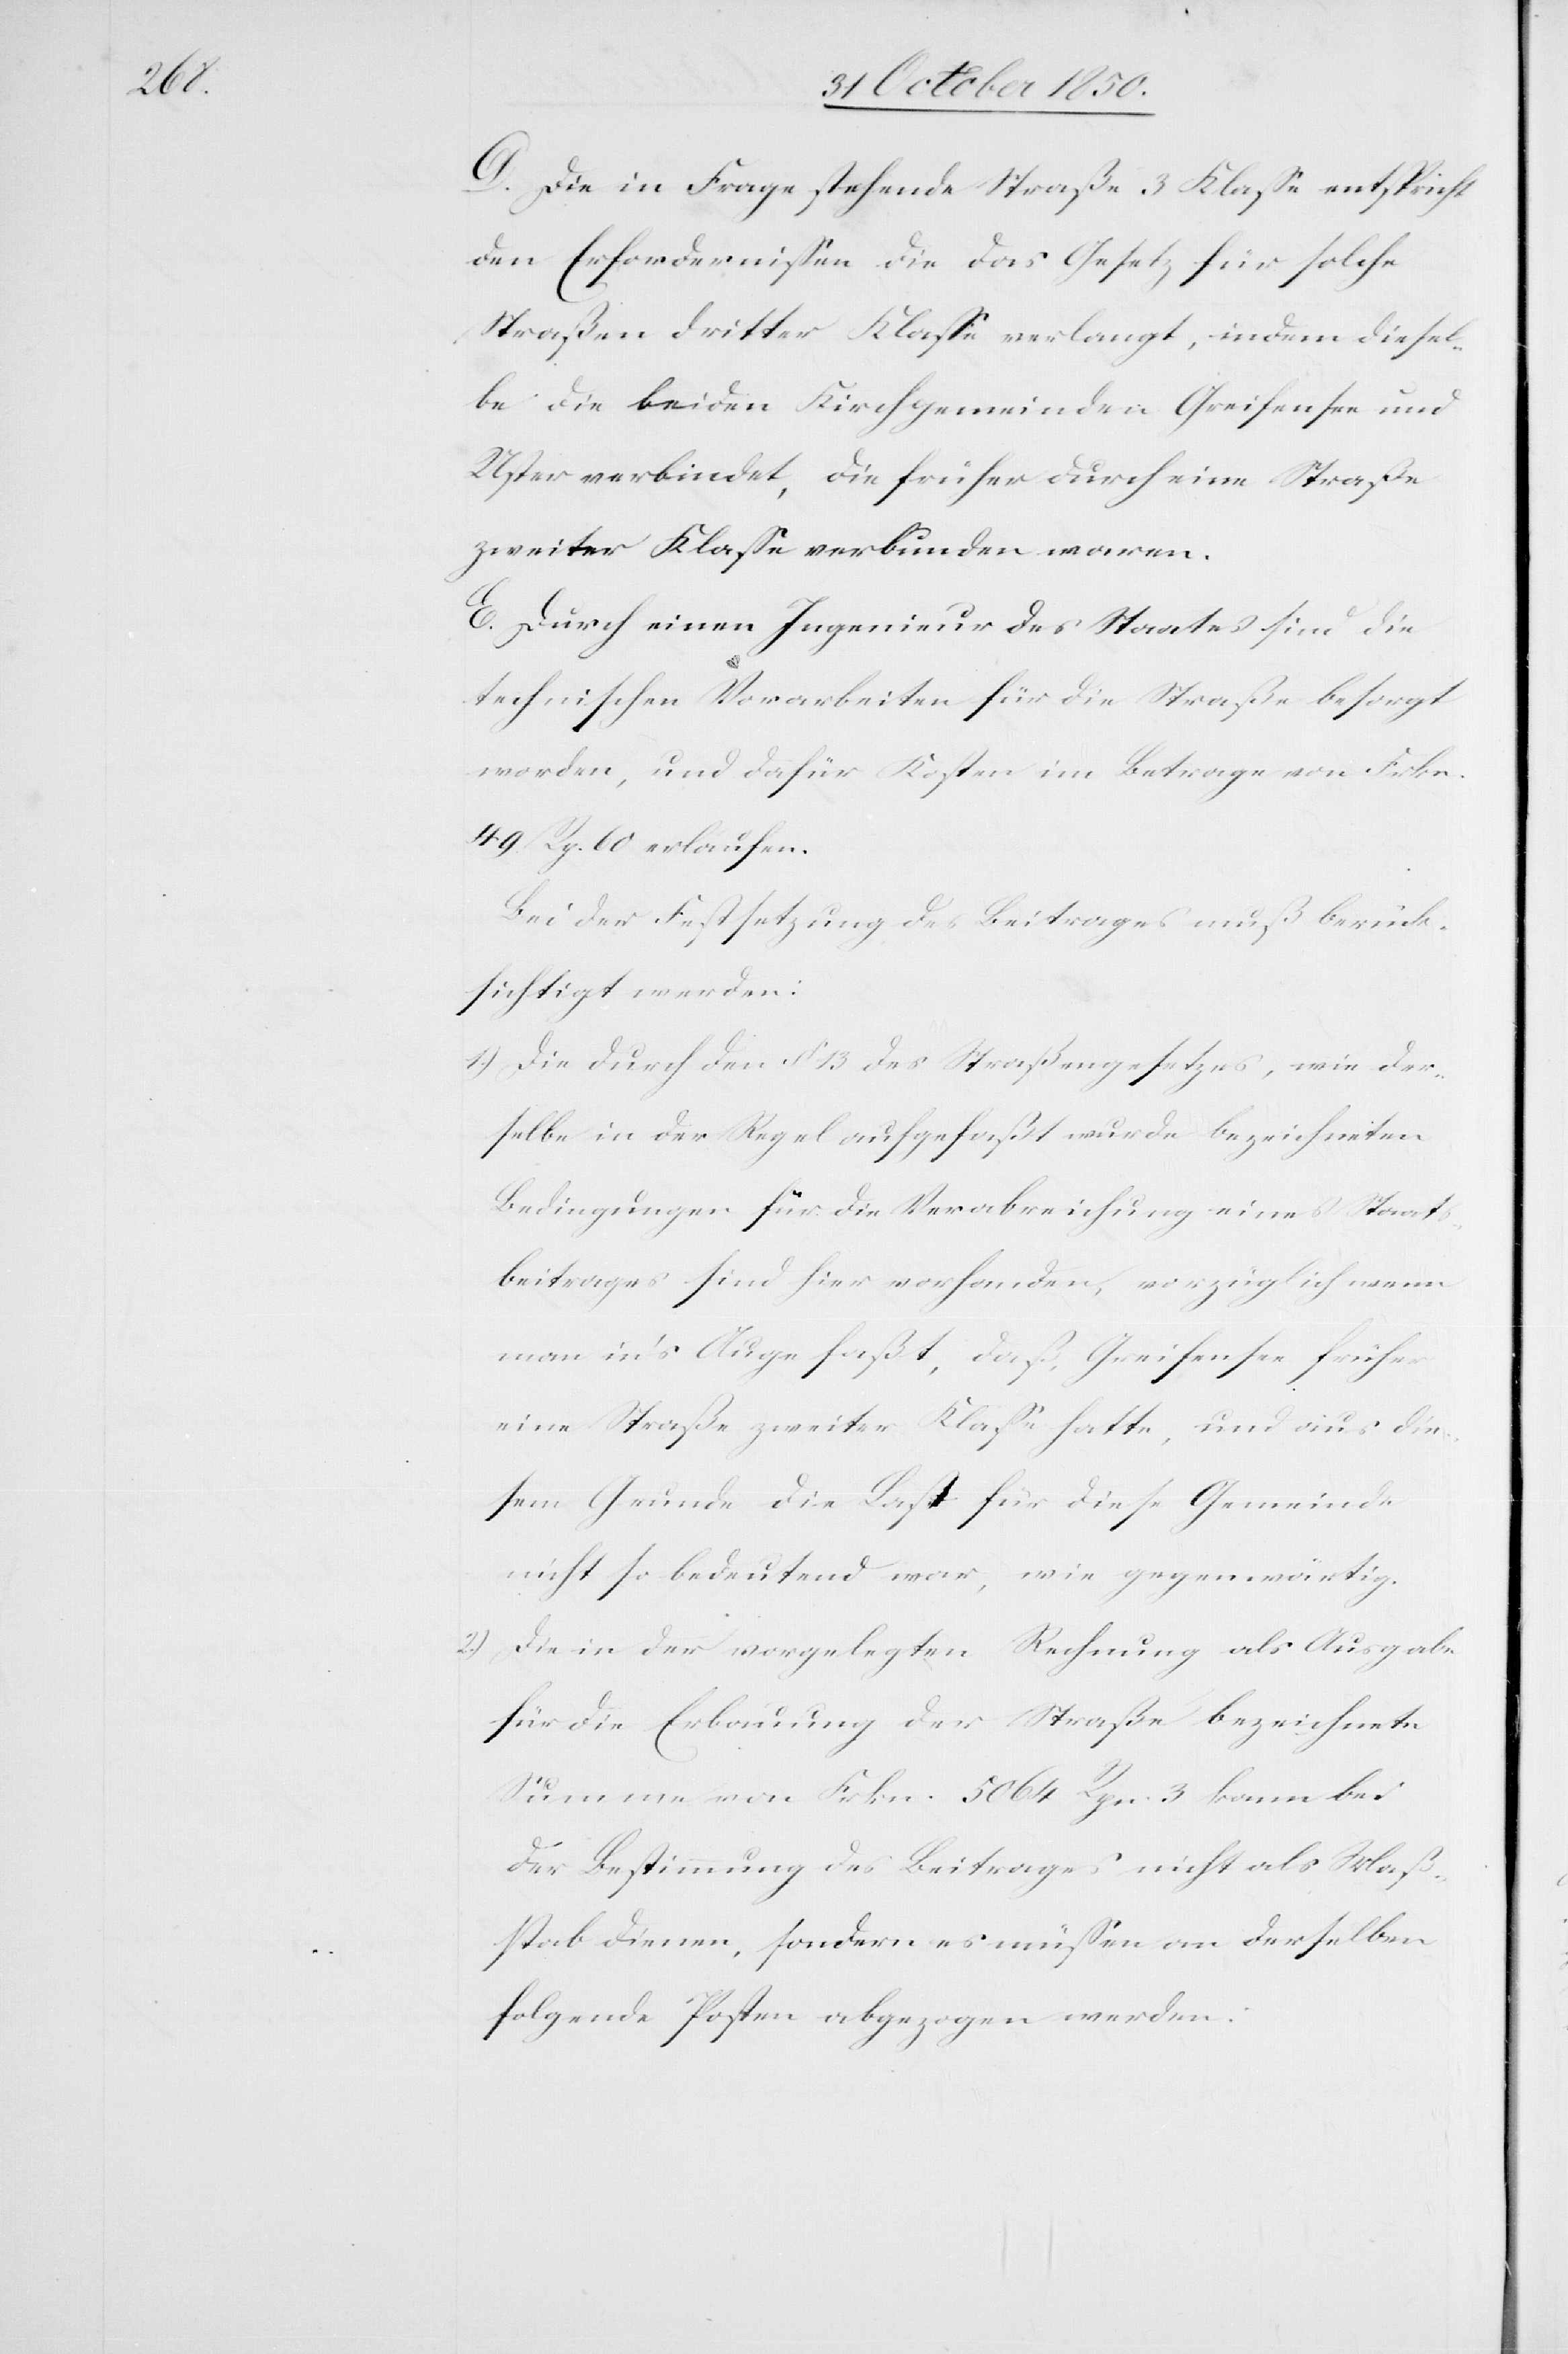
D. Die in Frage stehende Straße 3 Klasse entspricht
den Erfordernissen die das Gesetz für solche
Straßen dritter Klasse verlangt, indem diesel¬
be die beiden Kirchgemeinden Greifensee und
Uster verbindet, die früher durch eine Straße
zweiter Klasse verbunden waren.
E. Durch einen Ingenieur des Staates sind die
technischen Vorarbeiten für die Straße besorgt
worden, und dafür Kosten im Betrage von Frkn.
49 Rp. 60 erlaufen.
Bei der Festsetzung des Beitrages muß berück¬
sichtigt werden:
1.) Die durch den § 13 des Straßengesetzes, wie der¬
selbe in der Regel aufgefaßt wurde bezeichneten
Bedingungen für die Verabreichung eines Staats¬
beitrages sind hier vorhanden, vorzüglich wenn
man in’s Auge faßt, daß Greifensee früher
eine Straße zweiter Klasse hatte, und aus die¬
sem Grunde die Last für diese Gemeinde
nicht so bedeutend war, wie gegenwärtig.
2.) Die in der vorgelegten Rechnung als Ausgabe
für die Erbauung der Straße bezeichnete
Summe von Frkn. 5064 Rpn. 3 kann bei
der Bestimmung des Beitrages nicht als Maß¬
stab dienen, sondern es müssen an derselben
folgende Posten abgezogen werden: